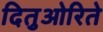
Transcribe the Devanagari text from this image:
दितुओरिते